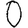
Digit: 0